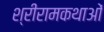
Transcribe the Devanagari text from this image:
श्रीरामकथाओं